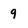
Character: 9